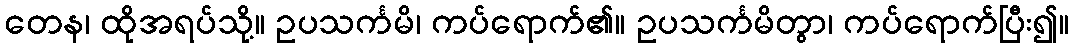
တေန၊ ထိုအရပ်သို့။ ဥပသင်္ကမိ၊ ကပ်ရောက်၏။ ဥပသင်္ကမိတွာ၊ ကပ်ရောက်ပြီး၍။